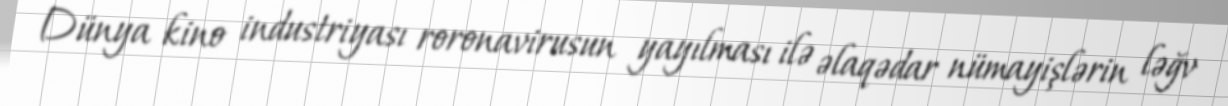
Dünya kino industriyası roronavirusun yayılması ilə əlaqədar nümayişlərin ləğv